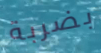
بضربة